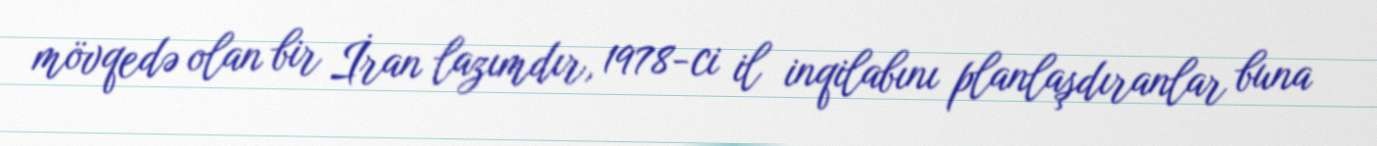
mövqedə olan bir İran lazımdır, 1978-ci il inqilabını planlaşdıranlar buna